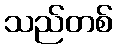
သည်တစ်